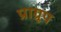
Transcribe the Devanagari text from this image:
प्राग्रूप